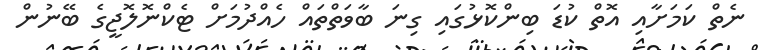
ނެތް ކަމަށާއި އޮތް ކުޑަ ބިންކޮޅުގައި ގިނަ ބާވަތްތައް ހެއްދުމަށް ޓެކްނޮލޮޖީގެ ބޭނުން